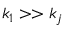
k _ { 1 } > > k _ { j }